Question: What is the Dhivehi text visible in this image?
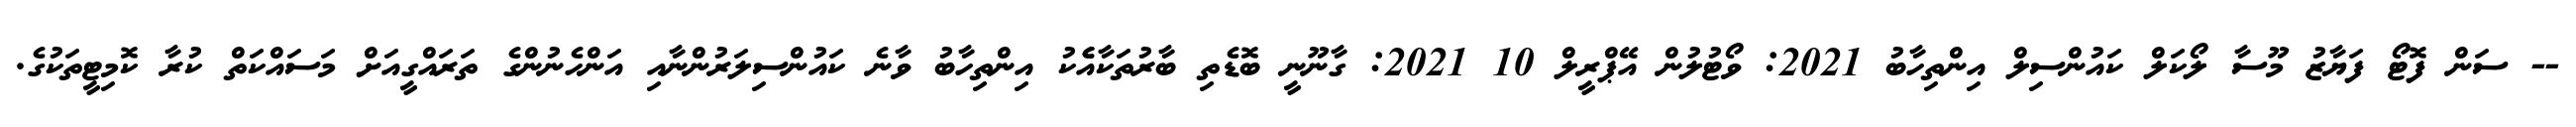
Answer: -- ސަން ފޮޓޯ ފަޔާޒު މޫސާ ލޯކަލް ކައުންސިލް އިންތިހާބު 2021: ވޯޓުލުން އޭޕްރީލް 10 2021: ގާނޫނީ ބޮޑެތި ބާރުތަކާއެެކު އިންތިހާބު ވާނެ ކައުންސިލަރުންނާއި އަންހެނުންގެ ތަރައްގީއަށް މަސައްކަތް ކުރާ ކޮމިޓީތަކުގެ.